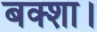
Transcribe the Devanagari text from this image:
बक्शा।